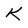
Character: K